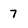
Character: 7